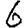
Digit: 6